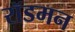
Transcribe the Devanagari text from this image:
रॉडमन